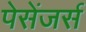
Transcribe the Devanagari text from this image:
पेसेंजर्स